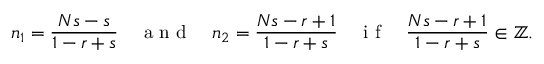
n _ { 1 } = \frac { N s - s } { 1 - r + s } \quad \mathrm { ~ a ~ n ~ d ~ } \quad n _ { 2 } = \frac { N s - r + 1 } { 1 - r + s } \quad \mathrm { ~ i ~ f ~ } \quad \frac { N s - r + 1 } { 1 - r + s } \in \mathbb { Z } .